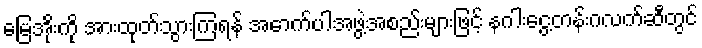
မြေအိုးကို အားထုတ်သွားကြရန် အောက်ပါအဖွဲ့အစည်းများဖြင့် နဂါးငွေ့တန်းဂလက်ဆီတွင်